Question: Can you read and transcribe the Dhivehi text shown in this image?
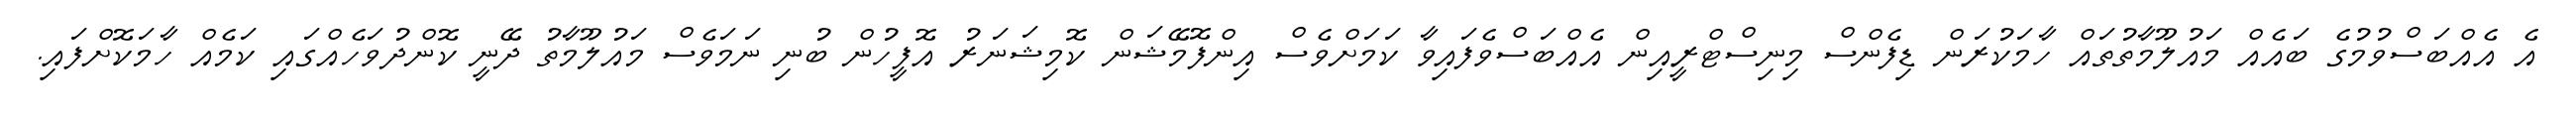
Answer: އެ އެއްބަސްވުމުގެ ބައެއް މައުލޫމާތުތައް ހާމަކުރަން ޑިފެންސް މިނިސްޓްރީއިން އެއްބަސްވެފައިވާ ކަމަށްވެސް އިންފޮމޭޝަން ކޮމިޝަނަރު އޮފީހުން ބުނި ނަމަވެސް މައުލޫމާތު ދޭނީ ކޮންދުވަހެއްގައި ކަމެއް ހާމަކޮށްފައި.